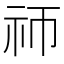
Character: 𬒭